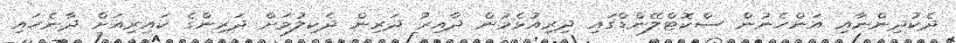
ދެކުދިންނާއި އަންހެނުން ސްކޮޓްލޭންޑްގައި ދިރިއުޅެމުން ދާއިރު ދަރިން ދެކިލުމަށް ދަރިންގެ ކައިރިއަށް ދާނެހައި